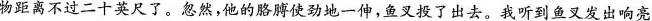
物距离不过二十英尺了。忽然，他的胳膊使劲地一伸，鱼叉投了出去。我听到鱼叉发出响亮